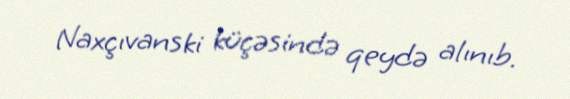
Naxçıvanski küçəsində qeydə alınıb.